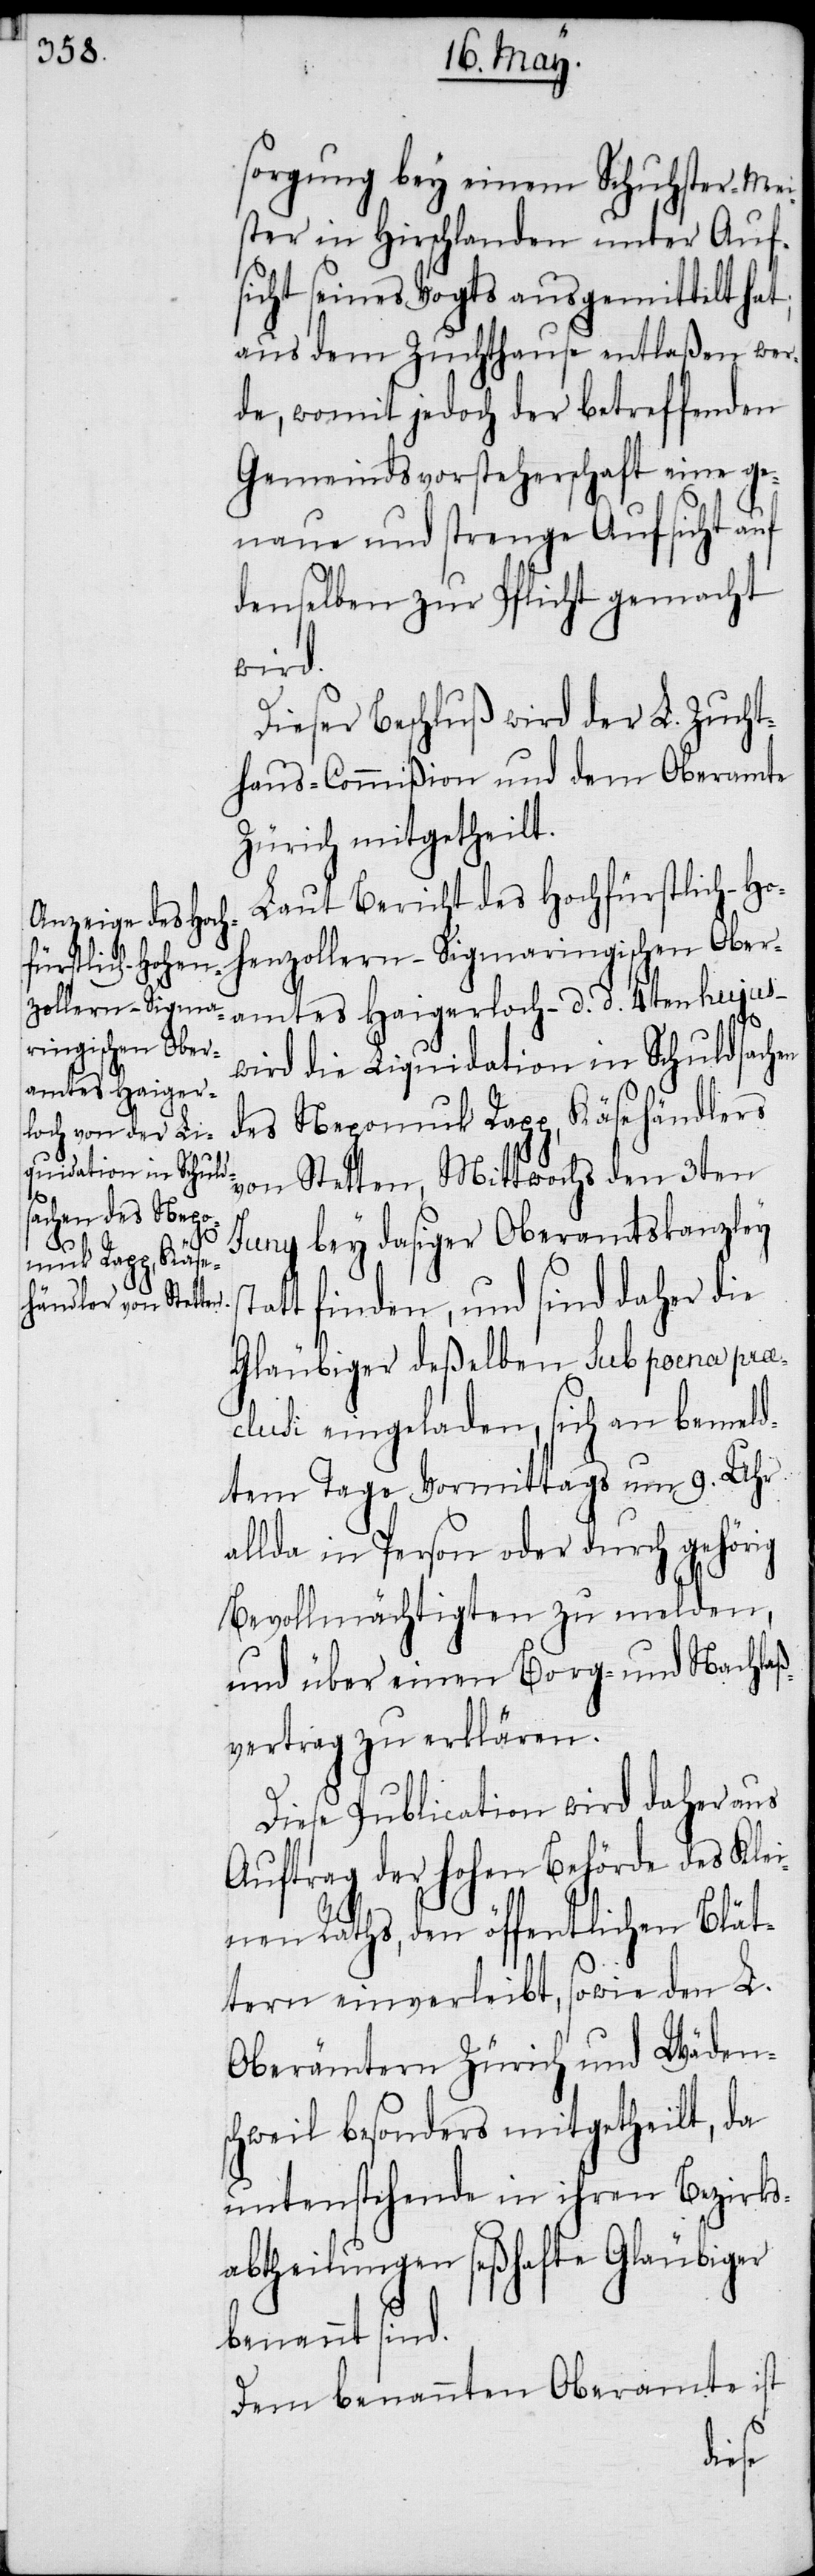
sorgung bey einem Schuhster-Mei¬
ster in Hirschlanden unter Auf¬
sicht seines Vogts ausgemittelt hat;
aus dem Zuchthause entlaßen wer¬
de, womit jedoch der betreffenden
Gemeindsvorsteherschaft eine ge¬
naue und strenge Aufsicht auf
denselben zur Pflicht gemacht
wird.
Dieser Beschluß wird der L. Zucht¬
haus-Commißion und dem Oberamte
Zürich mitgetheilt.
Laut Bericht des Hochfürstlich-Ho¬
henzollern-Sigmaringischen Ober¬
amtes Haigerloch – d. d. 4ten hujus –
sta¬
wird die Liquidation in Schuldsachen
des Nepomuk Rapp, Käsehändlers
von Stetten, Mittwochs den 3ten
Juny bey dasiger Oberamtskanzley
tt finden, und sind daher die
Gläubiger deßelben sub poena prae¬
clusi eingeladen, sich an bemeld¬
tem Tage Vormittags um 9. Uhr
allda in Person oder durch gehörig
Bevollmächtigten zu melden,
und über einen Borg- und Nachlaß¬
vertrag zu erklären.
Diese Publication wird daher aus
Auftrag der hohen Behörde des Klei¬
nen Raths, den öffentlichen Blät¬
tern einverleibt, sowie den L.
Oberämtern Zürich und Wädens¬
chweil besonders mitgetheilt, da
untenstehende in ihren Bezirks¬
abtheilungen seßhafte Gläubiger
benannt sind.
Dem benannten Oberamte ist